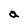
Character: a